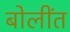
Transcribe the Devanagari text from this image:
बोलींत